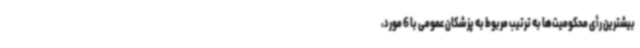
بیشترین رأی محکومیت‌ها به ترتیب مربوط به پزشکان عمومی با 6 مورد،